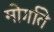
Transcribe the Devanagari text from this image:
मोर्गाते